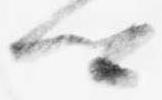
卿